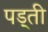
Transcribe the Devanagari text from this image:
पड़्ती